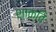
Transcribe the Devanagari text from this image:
श्‍ाक्‍ित